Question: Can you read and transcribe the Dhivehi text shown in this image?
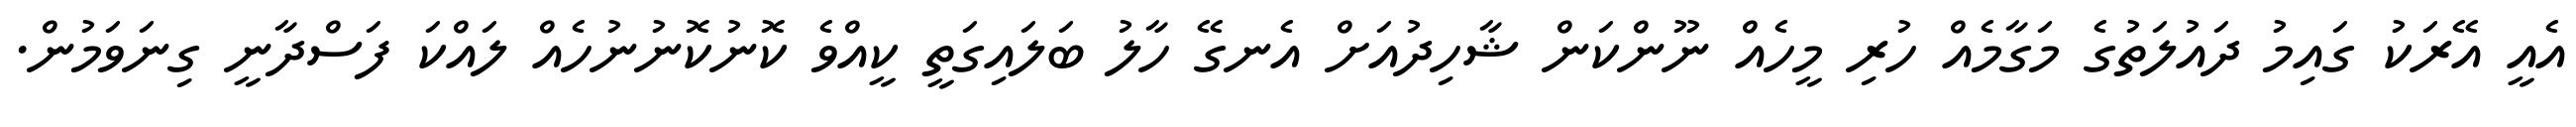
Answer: އެއީ އޭރަކު ގައިމު ދައުލަތުގެ މަގާމެއް ހުރި މީހެއް ނޫންކަން ޝާހިދުއަށް އެނގޭ ހާލު ބަލައިގަތީ ކީއްވެ ކޮނުކޮނުނުހެއް ލައްކަ ފަސްދާނީ ގިނަވަމުން.